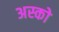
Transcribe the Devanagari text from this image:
अस्को